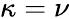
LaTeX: \kappa=\nu